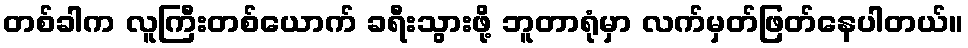
တစ်ခါက လူကြီးတစ်ယောက် ခရီးသွားဖို့ ဘူတာရုံမှာ လက်မှတ်ဖြတ်နေပါတယ်။